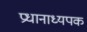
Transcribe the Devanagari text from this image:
प्रधानाध्यपक